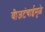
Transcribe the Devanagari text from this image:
वीजटंचाईमुळे